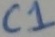
Text: C1